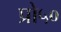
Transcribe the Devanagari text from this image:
प्रो५०